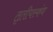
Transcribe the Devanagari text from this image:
तृतीयस्कंध